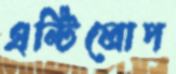
এন্টিলোপ